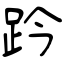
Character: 趻